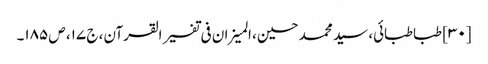
[۳۰] طباطبائی، سید محمد حسین، المیزان فی تفسیر القرآن، ج ۱۷، ص ۱۸۵۔